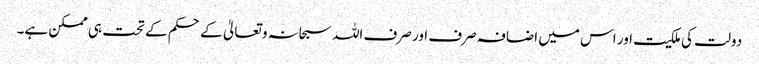
دولت کی ملکیت اور اس میں اضافہ صرف اور صرف اللہ سبحانہ و تعالیٰ کے حکم کے تحت ہی ممکن ہے۔